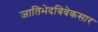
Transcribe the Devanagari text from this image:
जातिभेदविवेकसार